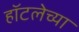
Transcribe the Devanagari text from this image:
हॉटलेच्या